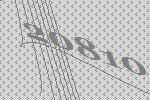
20810